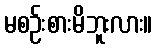
မစဉ်းစားမိဘူးလား။